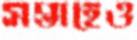
সপ্তাহেও